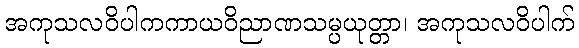
အကုသလဝိပါကကာယဝိညာဏသမ္ပယုတ္တာ၊ အကုသလဝိပါက်